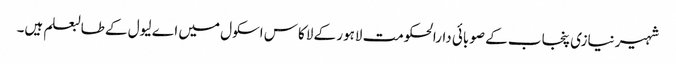
شہیر نیازی پنجاب کے صوبائی دارالحکومت لاہور کے لاکاس اسکول میں اے لیول کے طالبعلم ہیں۔